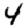
Digit: 4